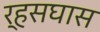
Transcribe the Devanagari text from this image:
र्‍हसघास